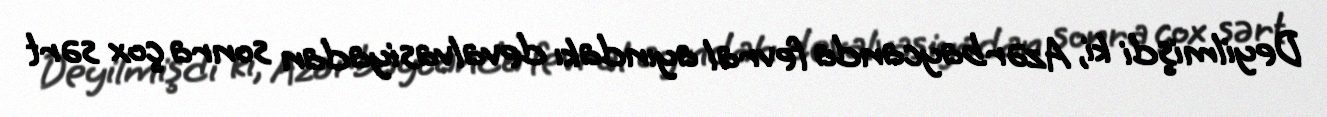
Deyilmişdi ki, Azərbaycanda fevral ayındakı devalvasiyadan sonra çox sərt